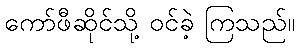
ကော်ဖီဆိုင်သို့ ဝင်ခဲ့ ကြသည်။